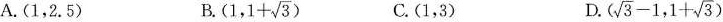
A.(1,2.5) B. $$(1,1+ \sqrt{3})$$ C.(1，3) D. $$( \sqrt{3}-1,1+ \sqrt{3})$$